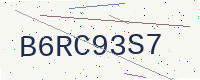
Text: B6RC93S7